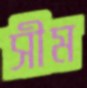
সীম